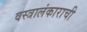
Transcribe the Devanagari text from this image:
वस्त्रालंकाराची